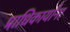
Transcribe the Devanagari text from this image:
प्राधिकार्यांना